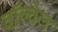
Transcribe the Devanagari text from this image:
वॉल्वेल